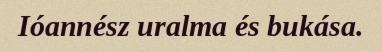
Ióannész uralma és bukása.